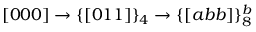
[ 0 0 0 ] \rightarrow \{ [ 0 1 1 ] \} _ { 4 } \rightarrow \{ [ a b b ] \} _ { 8 } ^ { b }